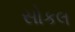
સોકલ